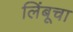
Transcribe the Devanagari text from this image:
लिंबूचा